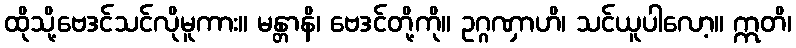
ထိုသို့ဗေဒင်သင်လိုမူကား။ မန္တာနိ၊ ဗေဒင်တို့ကို။ ဥဂ္ဂဏှာဟိ၊ သင်ယူပါလော့။ ဣတိ၊